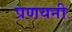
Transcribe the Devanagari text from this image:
प्रणयनी